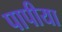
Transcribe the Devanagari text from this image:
पापीया